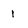
Character: i